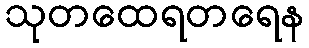
သုတထေရတရေန